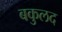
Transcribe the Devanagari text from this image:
बकुलद